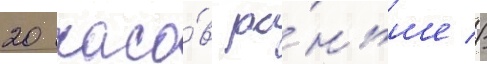
20 часо́в ра́ньше //